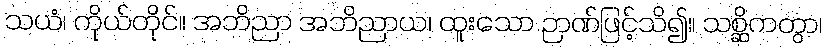
သယံ၊ ကိုယ်တိုင်။ အဘိညာ အဘိညာယ၊ ထူးသော ဉာဏ်ဖြင့်သိ၍။ သစ္ဆိကတွာ၊